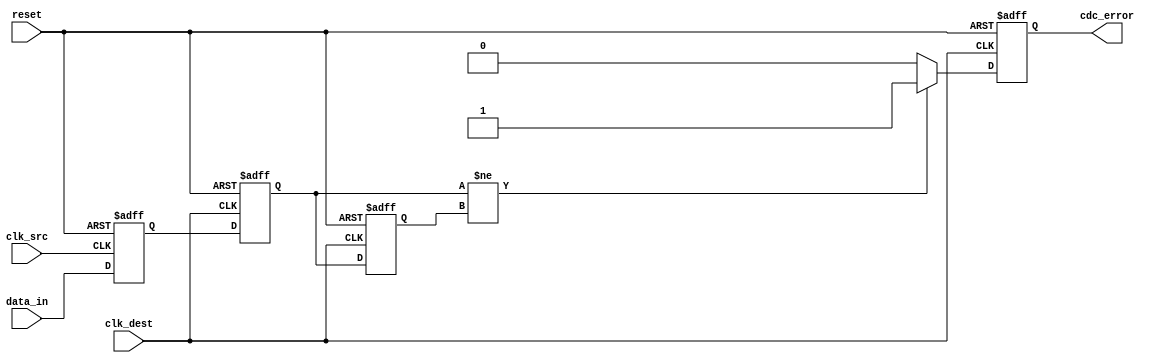
module cdc_detector #(
    parameter DATA_WIDTH = 1,          // Width of the data signal
    parameter ENABLE_ERROR_REPORTING = 1 // Enable/disable error detection feature
)(
    input wire [DATA_WIDTH-1:0] data_in,   // Data signal from the source domain
    input wire clk_src,                     // Clock signal of the source domain
    input wire clk_dest,                    // Clock signal of the destination domain
    input wire reset,                       // Asynchronous reset signal
    output reg cdc_error                   // CDC error flag
);

    // Synchronization registers
    reg [DATA_WIDTH-1:0] sync_data_1;
    reg [DATA_WIDTH-1:0] sync_data_2;

    // Flip-flop synchronizer to transfer data_in from clk_src to clk_dest
    always @(posedge clk_src or posedge reset) begin
        if (reset) begin
            sync_data_1 <= {DATA_WIDTH{1'b0}};
        end else begin
            sync_data_1 <= data_in;
        end
    end

    always @(posedge clk_dest or posedge reset) begin
        if (reset) begin
            sync_data_2 <= {DATA_WIDTH{1'b0}};
        end else begin
            sync_data_2 <= sync_data_1;
        end
    end

    // Error detection logic
    reg [DATA_WIDTH-1:0] last_sync_data;

    always @(posedge clk_dest or posedge reset) begin
        if (reset) begin
            cdc_error <= 1'b0;
            last_sync_data <= {DATA_WIDTH{1'b0}};
        end else begin
            if (ENABLE_ERROR_REPORTING) begin
                // Check for edge detection
                if (sync_data_2 != last_sync_data) begin
                    cdc_error <= 1'b1; // Error detected
                end else begin
                    cdc_error <= 1'b0; // No error
                end
                last_sync_data <= sync_data_2; // Update the last synchronized data
            end else begin
                cdc_error <= 1'b0; // Error reporting disabled
            end
        end
    end

endmodule